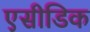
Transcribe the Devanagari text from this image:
एसीडिक